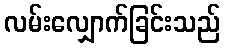
လမ်းလျှောက်ခြင်းသည်